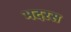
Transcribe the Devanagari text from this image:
भदरस